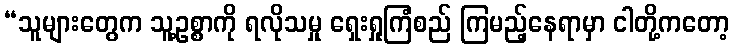
“သူများတွေက သူ့ဥစ္စာကို ရလိုသမှု ရှေးရှုကြံစည် ကြမည့်နေရာမှာ ငါတို့ကတော့